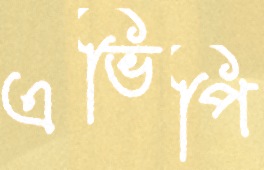
এভিপি